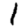
Digit: 1